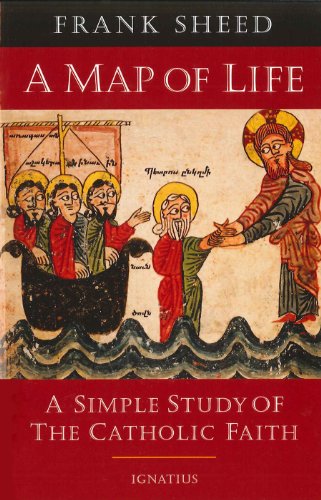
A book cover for A Map of Life: A Simple Study of the Catholic Faith; F. J. Sheed; Christian Books & Bibles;